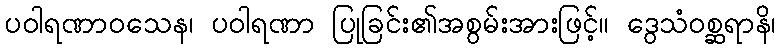
ပဝါရဏာဝသေန၊ ပဝါရဏာ ပြုခြင်း၏အစွမ်းအားဖြင့်။ ဒွေသံဝစ္ဆရာနိ၊